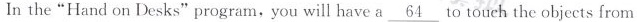
In the"Hand on Desks"program，you will have a \underline{64} to touch the objects from